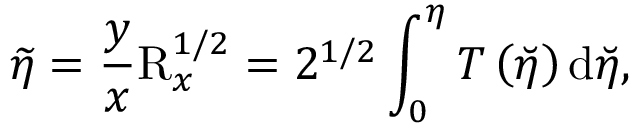
\widetilde { \eta } = \frac { y } { x } \mathrm { R } _ { x } ^ { 1 / 2 } = 2 ^ { 1 / 2 } \int _ { 0 } ^ { \eta } T \left( \breve { \eta } \right) \mathrm { d } \breve { \eta } ,